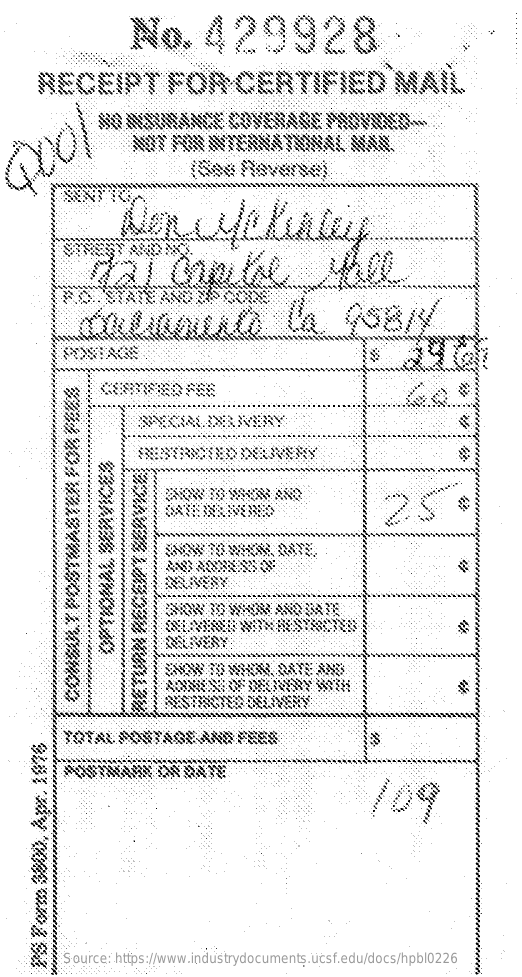
429928
     RECEIPT    FOR    CERTIFIED    M
     109
     Source: https://www.industrydocuments.ucsf.edu/docs/hpbl0226